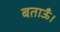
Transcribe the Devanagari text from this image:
बताऊँ।